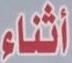
أثناء